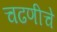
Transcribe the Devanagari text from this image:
चढणीचे